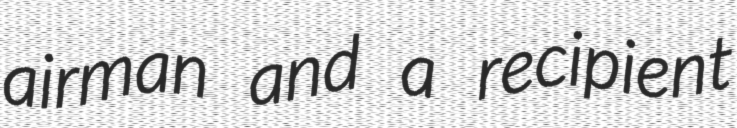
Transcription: airman and a recipient